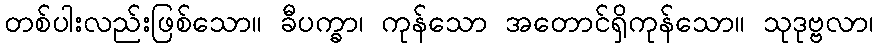
တစ်ပါးလည်းဖြစ်သော။ ခီပက္ခာ၊ ကုန်သော အတောင်ရှိကုန်သော။ သုဒုဗ္ဗလာ၊